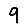
Digit: 9